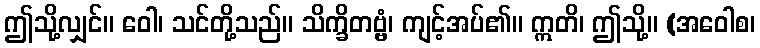
ဤသို့လျှင်။ ဝေါ၊ သင်တို့သည်။ သိက္ခိတဗ္ဗံ၊ ကျင့်အပ်၏။ ဣတိ၊ ဤသို့။ (အဝေါစ၊